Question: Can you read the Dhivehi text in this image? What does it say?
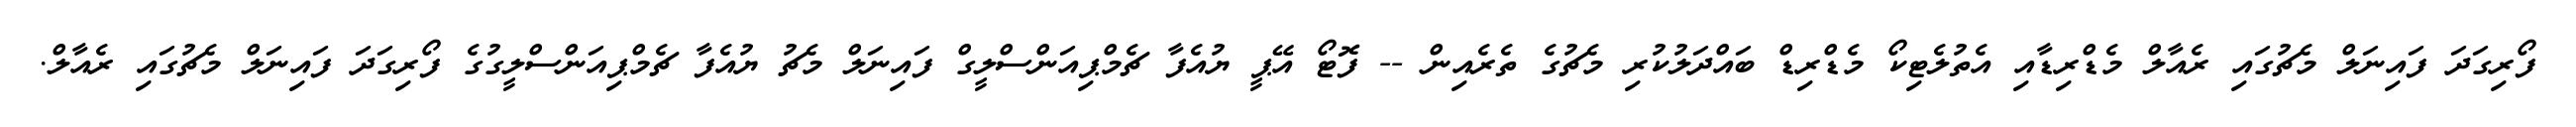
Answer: ފޯރިގަދަ ފައިނަލް މެޗުގައި ރެއާލް މެޑްރިޑާއި އެތުލެޓިކޯ މެޑްރިޑް ބައްދަލުކުރި މެޗުގެ ތެރެއިން -- ފޮޓޯ އޭޕީ ޔުއެފާ ޗެމްޕިއަންސްލީގް ފައިނަލް މެޗު ޔުއެފާ ޗެމްޕިއަންސްލީގުގެ ފޯރިގަދަ ފައިނަލް މެޗުގައި ރެއާލް.